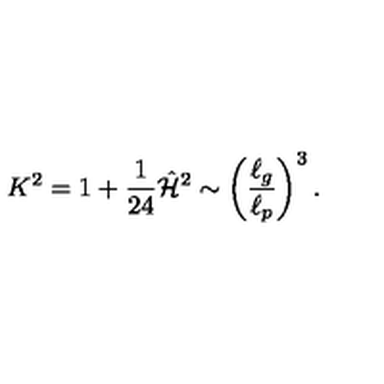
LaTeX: K ^ { 2 } = 1 + { \frac { 1 } { 2 4 } } \hat { \cal H } ^ { 2 } \sim \left( { \frac { \ell _ { g } } { \ell _ { p } } } \right) ^ { 3 } .